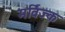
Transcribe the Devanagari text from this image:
मर्विज्क